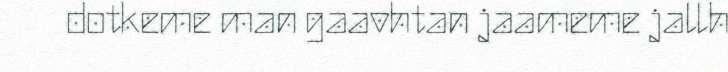
dotkeme man gaavhtan jaameme jallh